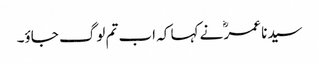
سیدنا عمرؓ نے کہا کہ اب تم لوگ جاؤ۔